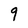
Character: 9